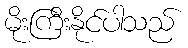
မိုးကြီးနိုင်ပါသည်